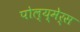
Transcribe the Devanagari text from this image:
पोल्य्मेर्स